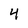
Character: 4